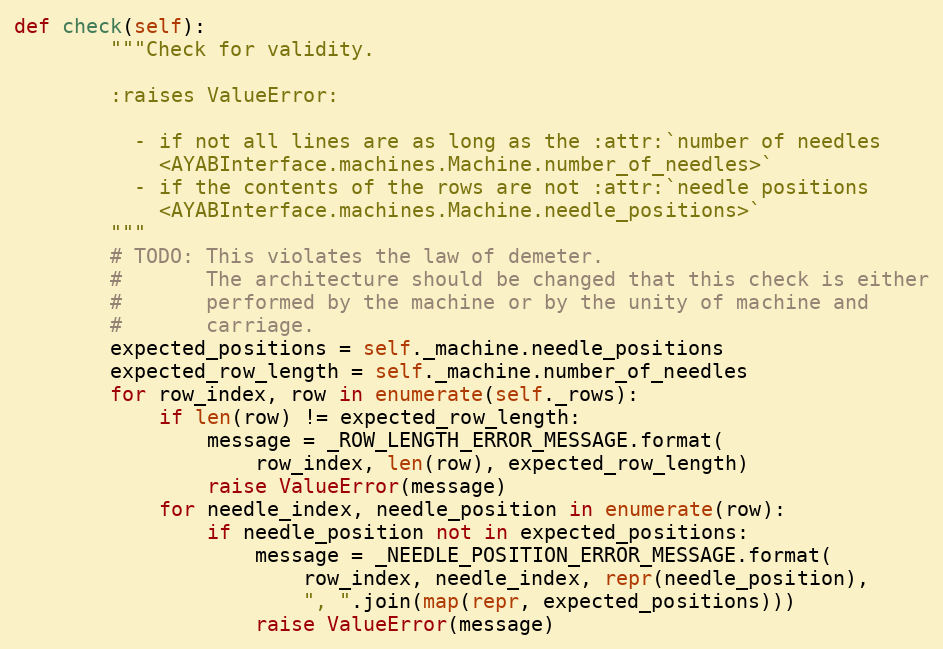
Language: Python
def check(self):
        """Check for validity.

        :raises ValueError:

          - if not all lines are as long as the :attr:`number of needles
            <AYABInterface.machines.Machine.number_of_needles>`
          - if the contents of the rows are not :attr:`needle positions
            <AYABInterface.machines.Machine.needle_positions>`
        """
        # TODO: This violates the law of demeter.
        #       The architecture should be changed that this check is either
        #       performed by the machine or by the unity of machine and
        #       carriage.
        expected_positions = self._machine.needle_positions
        expected_row_length = self._machine.number_of_needles
        for row_index, row in enumerate(self._rows):
            if len(row) != expected_row_length:
                message = _ROW_LENGTH_ERROR_MESSAGE.format(
                    row_index, len(row), expected_row_length)
                raise ValueError(message)
            for needle_index, needle_position in enumerate(row):
                if needle_position not in expected_positions:
                    message = _NEEDLE_POSITION_ERROR_MESSAGE.format(
                        row_index, needle_index, repr(needle_position),
                        ", ".join(map(repr, expected_positions)))
                    raise ValueError(message)